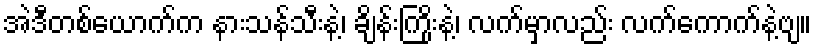
အဲဒီတစ်ယောက်က နားသန်သီးနဲ့၊ ချိန်းကြိုးနဲ့၊ လက်မှာလည်း လက်ကောက်နဲ့ဗျ။